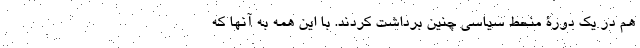
هم در یک دورۀ منحط سیاسی چنین برداشت کردند. با این همه به آنها که